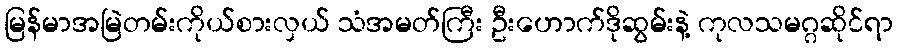
မြန်မာအမြဲတမ်းကိုယ်စားလှယ် သံအမတ်ကြီး ဦးဟောက်ဒိုဆွမ်းနဲ့ ကုလသမဂ္ဂဆိုင်ရာ